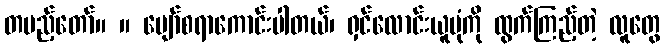
တပည့်တော်။ ။ ပျော်စရာကောင်းပါတယ်၊ ရှင်လောင်းယူပုံကို ထွက်ကြည့်တဲ့ လူတွေ